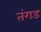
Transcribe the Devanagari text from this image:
तंगड